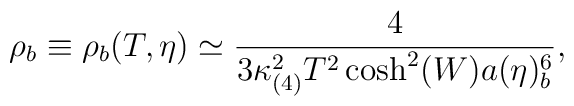
\rho_b\equiv \rho_b(T,\eta)\simeq\frac{4}{3\kappa_{(4)}^2T^2\cosh^2(W)a(\eta)_b^6} ,